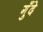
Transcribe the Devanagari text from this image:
गुँदे